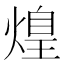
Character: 𤌼